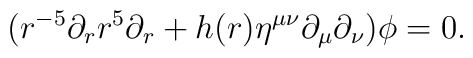
(r^{-5}\partial_rr^5\partial_r+h(r)\eta^{\mu \nu}\partial_{\mu}\partial_{\nu})\phi=0.